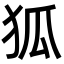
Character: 狐